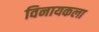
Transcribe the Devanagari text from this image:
विनायकला